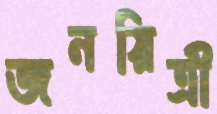
জনয়িত্রী